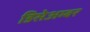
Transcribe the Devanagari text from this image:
डिसेअम्बर